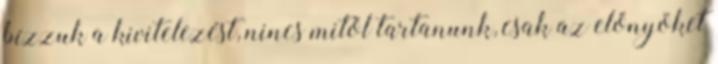
bízzuk a kivitelezést, nincs mitől tartanunk, csak az előnyöket